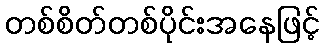
တစ်စိတ်တစ်ပိုင်းအနေဖြင့်